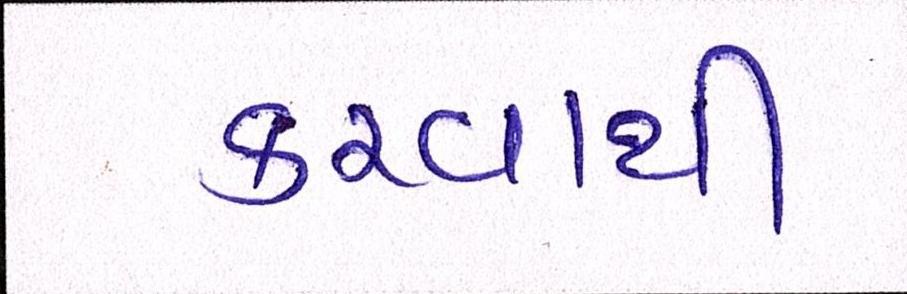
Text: કરવાથી